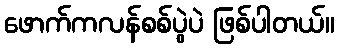
ဖောက်ကလန်စစ်ပွဲပဲ ဖြစ်ပါတယ်။